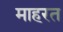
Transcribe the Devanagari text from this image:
माहरत